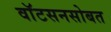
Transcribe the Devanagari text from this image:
वाॅटसनसोबत